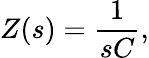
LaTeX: Z(s)={\frac{1}{sC}},